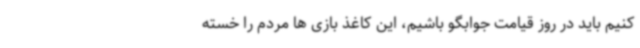
کنیم باید در روز قیامت جوابگو باشیم، این کاغذ بازی ها مردم را خسته